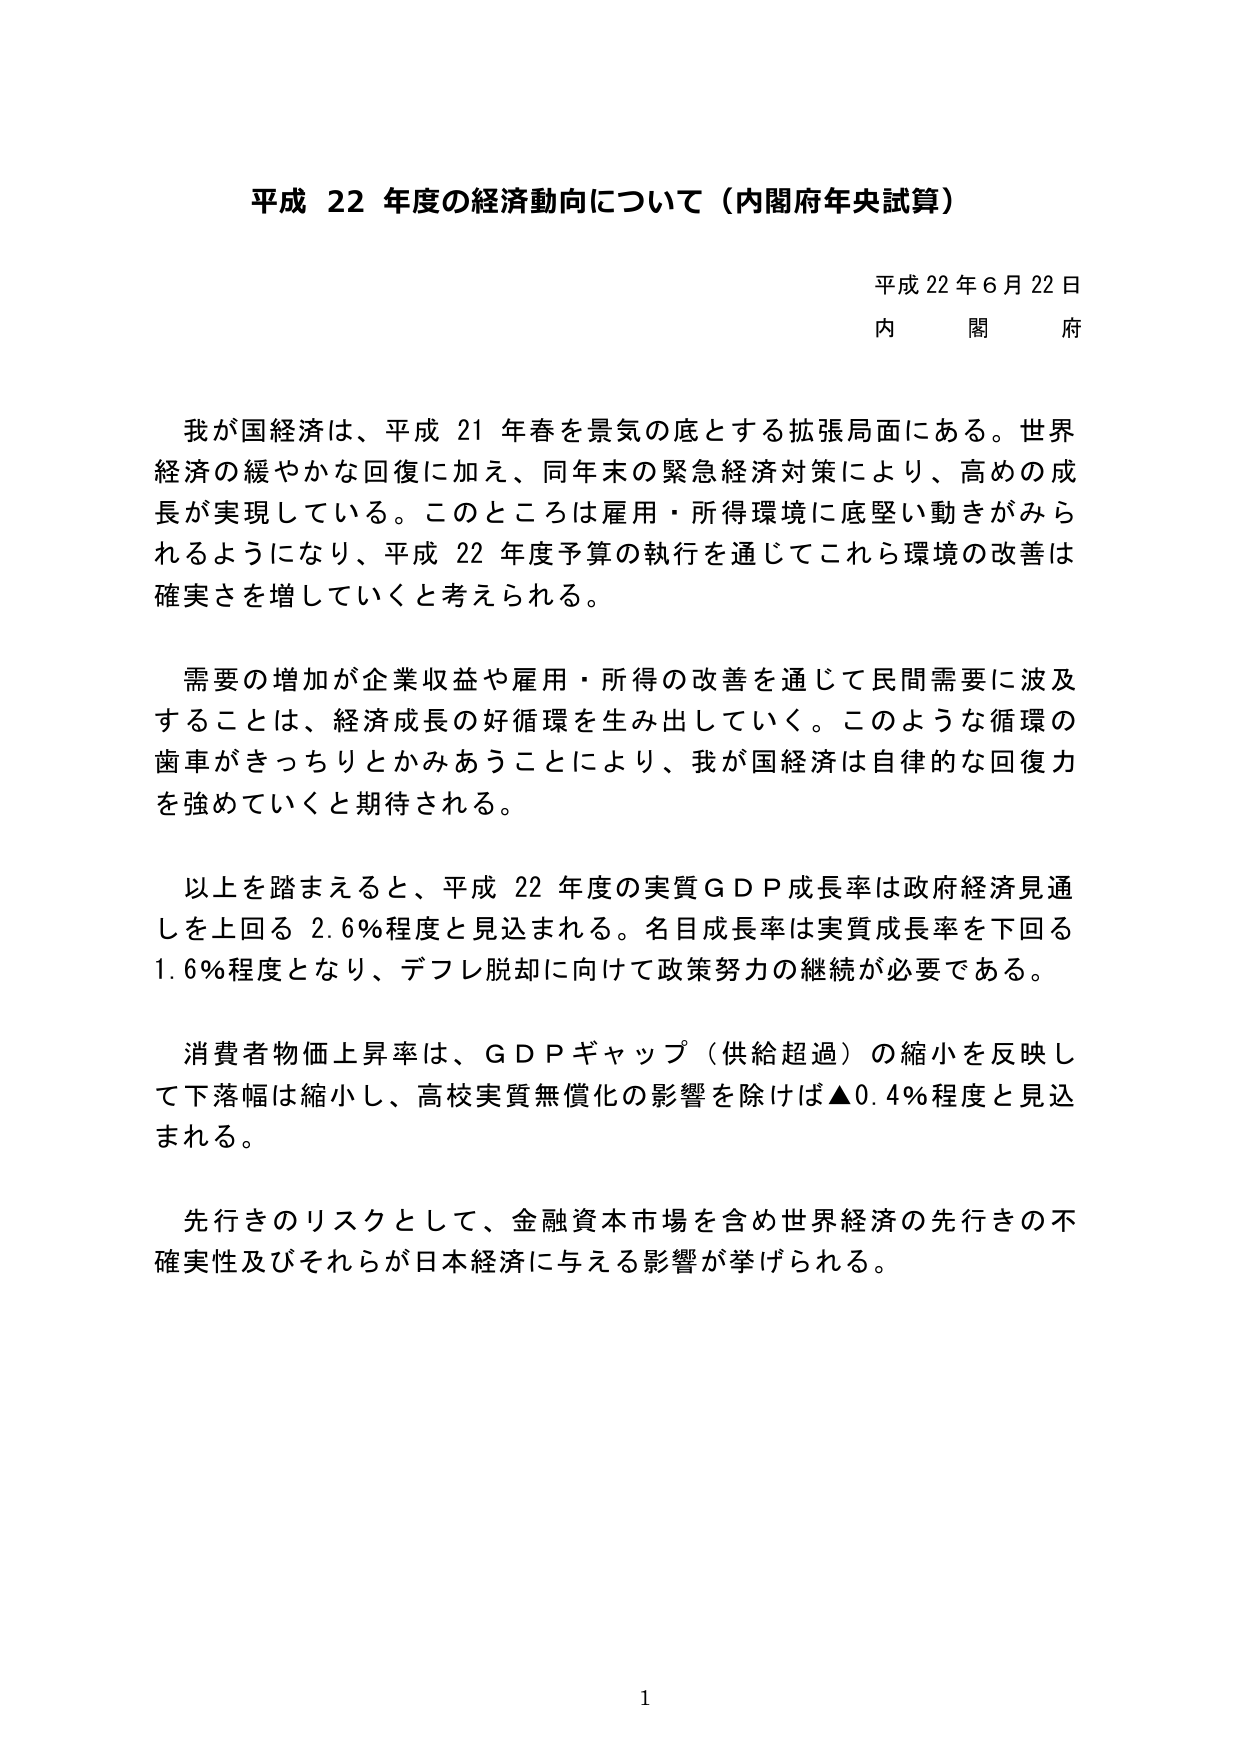
平成 22 年度の経済動向について（内閣府年央試算）

平成 22 年 6 月 22 日
内 閣 府

我が国経済は、平成 21 年春を景気の底とする拡張局面にある。世界経済の緩やかな回復に加え、同年末の緊急経済対策により、高めの成長が実現している。このところは雇用・所得環境に底堅い動きがみられるようになり、平成 22 年度予算の執行を通じてこれら環境の改善は確実さを増していくと考えられる。

需要の増加が企業収益や雇用・所得の改善を通じて民間需要に波及することは、経済成長の好循環を生み出していく。このような循環の歯車がきっちりとかみあうことにより、我が国経済は自律的な回復力を強めていくと期待される。

以上を踏まえると、平成 22 年度の実質ＧＤＰ成長率は政府経済見通しを上回る 2.6％程度と見込まれる。名目成長率は実質成長率を下回る 1.6％程度となり、デフレ脱却に向けて政策努力の継続が必要である。

消費者物価上昇率は、ＧＤＰギャップ（供給超過）の縮小を反映して下落幅は縮小し、高校実質無償化の影響を除けば▲0.4％程度と見込まれる。

先行きのリスクとして、金融資本市場を含め世界経済の先行きの不確実性及びそれらが日本経済に与える影響が挙げられる。

1